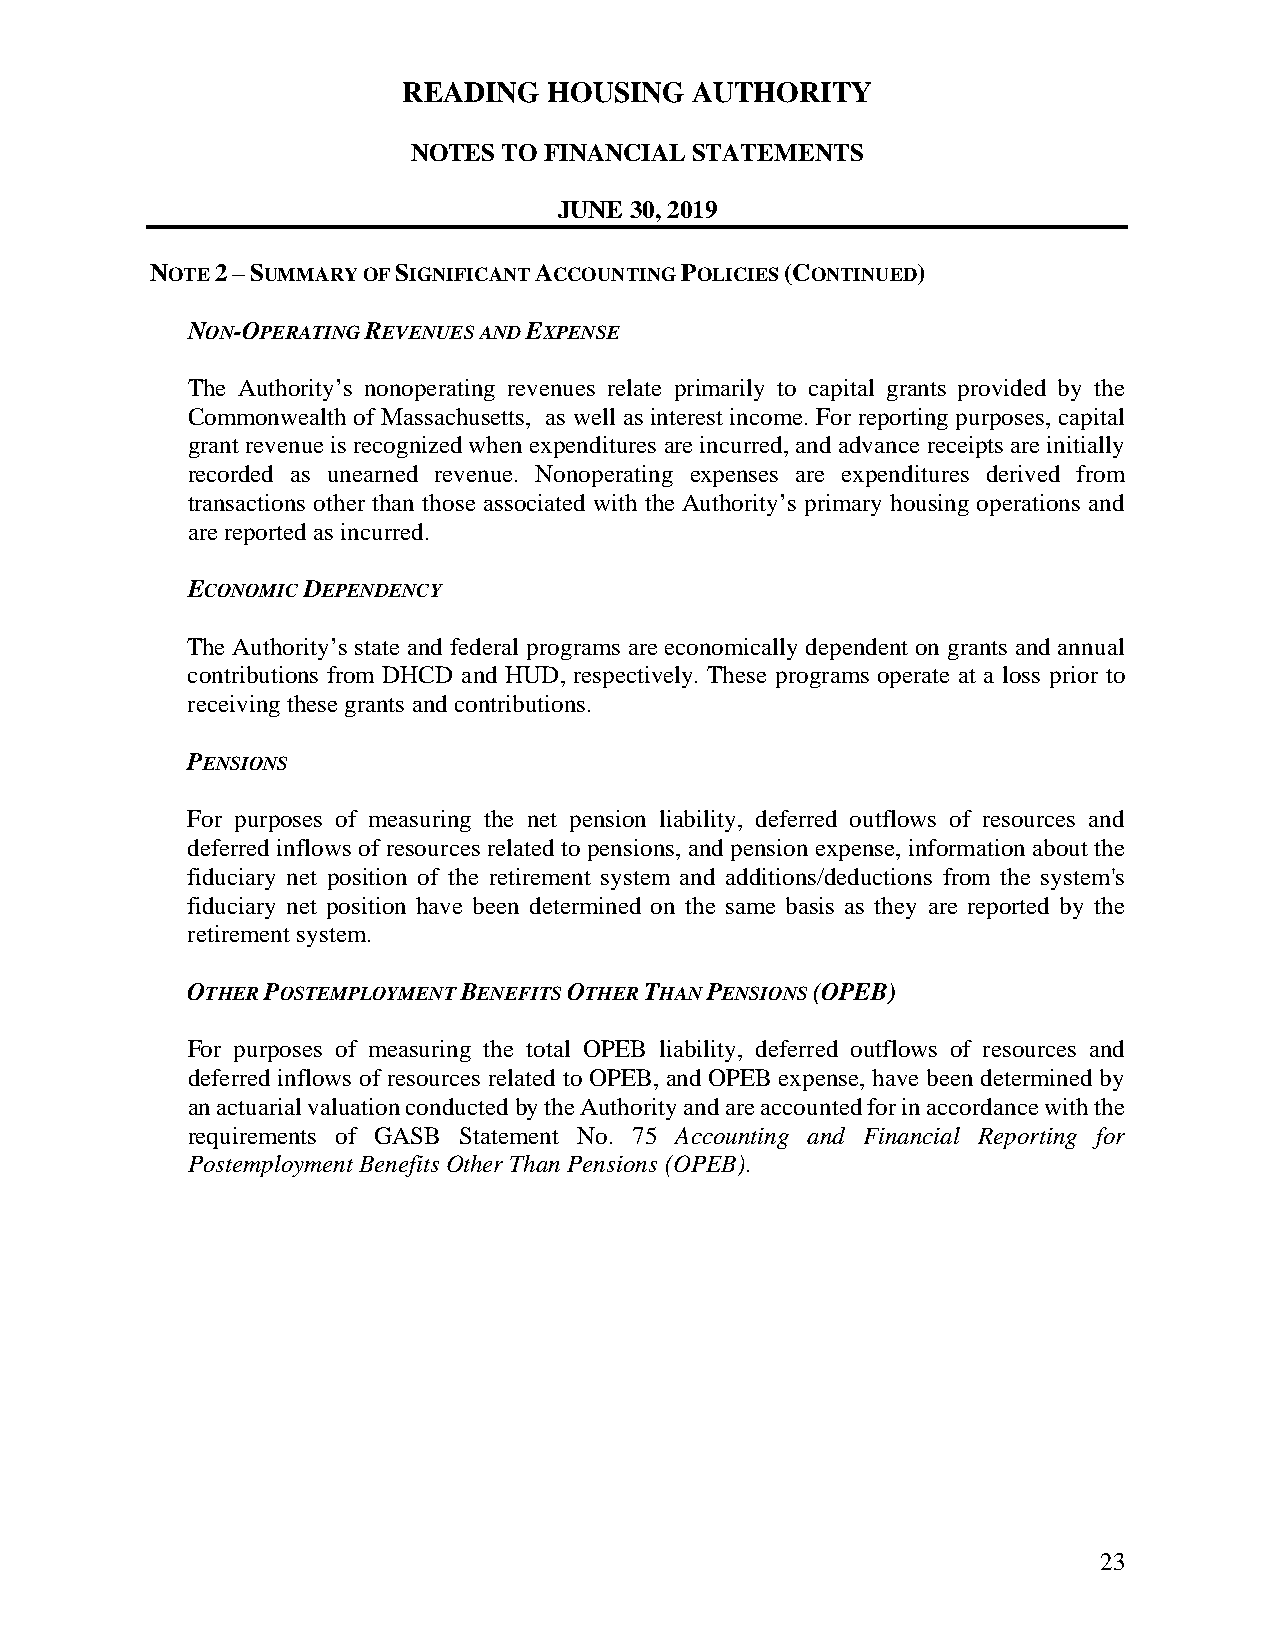
READING  HOUSING   AUTHORITY
 NOTES TO FINANCIAL STATEMENTS
 JUNE 30, 2019
 NOTE 2 – SUMMARY OF SIGNIFICANT ACCOUNTING POLICIES (CONTINUED)
 NON-OPERATING REVENUES AND EXPENSE
 The Authority’s nonoperating revenues relate primarily to capital grants provided by the
 Commonwealth of Massachusetts, as well as interest income. For reporting purposes, capital
 grant revenue is recognized when expenditures are incurred, and advance receipts are initially
 recorded as unearned revenue. Nonoperating expenses are expenditures derived from
 transactions other than those associated with the Authority’s primary housing operations and
 are reported as incurred.
 ECONOMIC DEPENDENCY
 The Authority’s state and federal programs are economically dependent on grants and annual
 contributions from DHCD and HUD, respectively. These programs operate at a loss prior to
 receiving these grants and contributions.
 PENSIONS
 For purposes of measuring the net pension liability, deferred outflows of resources and
 deferred inflows of resources related to pensions, and pension expense, information about the
 fiduciary net position of the retirement system and additions/deductions from the system's
 fiduciary net position have been determined on the same basis as they are reported by the
 retirement system.
 OTHER POSTEMPLOYMENT BENEFITS OTHER THAN PENSIONS (OPEB)
 For purposes of measuring the total OPEB liability, deferred outflows of resources and
 deferred inflows of resources related to OPEB, and OPEB expense, have been determined by
 an actuarial valuation conducted by the Authority and are accounted for in accordance with the
 requirements of GASB Statement No. 75 Accounting and Financial Reporting for
 Postemployment Benefits Other Than Pensions (OPEB).
 23